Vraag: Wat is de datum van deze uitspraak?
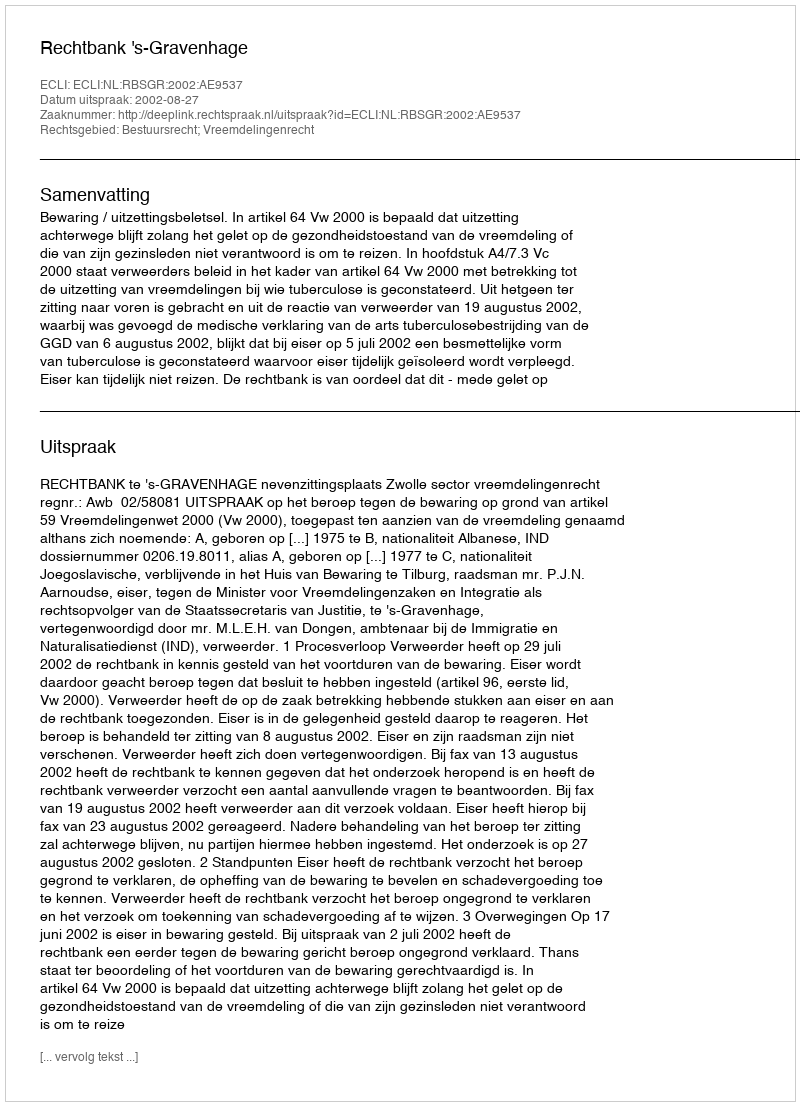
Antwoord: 2002-08-27